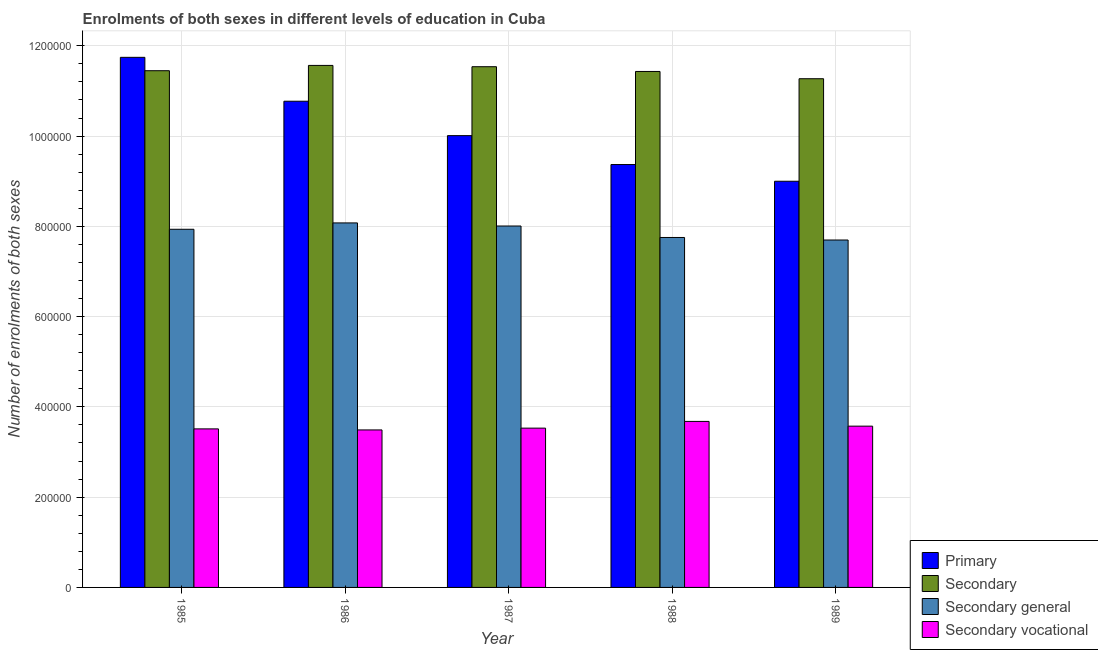
| Year | Primary | Secondary | Secondary general | Secondary vocational |
 | --- | --- | --- | --- | --- |
 | 1985 | 1.17e+06 | 1.14e+06 | 7.94e+05 | 3.51e+05 |
 | 1986 | 1.08e+06 | 1.16e+06 | 8.08e+05 | 3.49e+05 |
 | 1987 | 1e+06 | 1.15e+06 | 8.01e+05 | 3.53e+05 |
 | 1988 | 9.37e+05 | 1.14e+06 | 7.75e+05 | 3.68e+05 |
 | 1989 | 9e+05 | 1.13e+06 | 7.7e+05 | 3.57e+05 |